Report on the nature of kala-azar
Disease focus: Kala-Azar
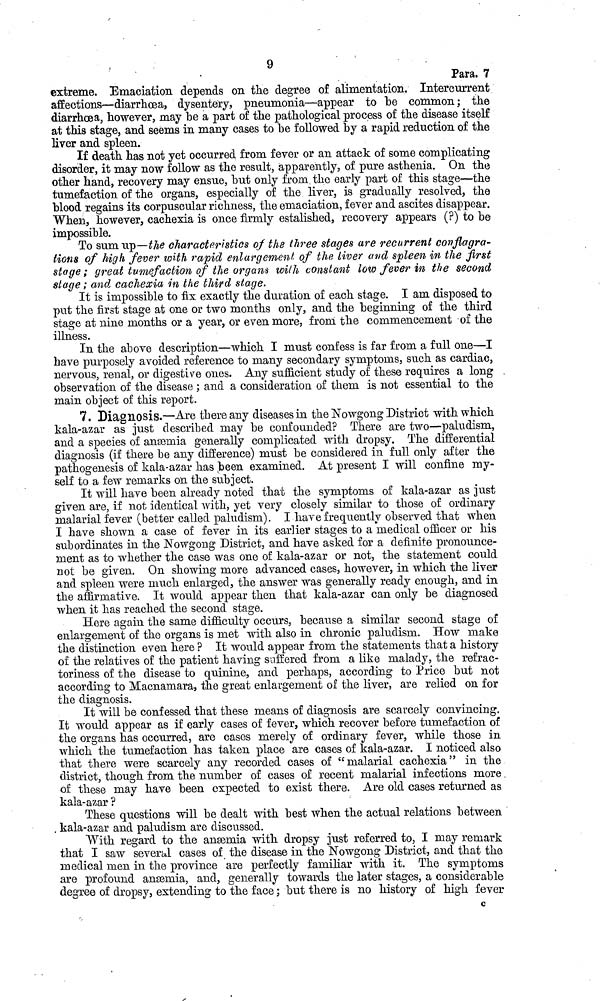
9
Para. 7
extreme. Emaciation depends on the degree of alimentation. Intercurrent
affections—diarrhoea, dysentery, pneumonia—appear to be common; the
diarrhoea, however, may be a part of the pathological process of the disease itself
at this stage, and seems in many cases to be followed by a rapid reduction of the
liver and spleen.
If death has not yet occurred from fever or an attack of some complicating
disorder, it may now follow as the result, apparently, of pure asthenia. On the
other hand, recovery may ensue, but only from the early part of this stage—the
tumefaction of the organs, especially of the liver, is gradually resolved, the
blood regains its corpuscular richness, the emaciation, fever and ascites disappear.
When, however, cachexia is once firmly estalished, recovery appears (?) to be
impossible.
To sum up—the characteristics of the three stages are recurrent conflagra-
tions of high fever with rapid enlargement of the liver and spleen in the first
stage ; great tumefaction of the organs with constant low fever in the second
stage ; and cachexia in the third stage.
It is impossible to fix exactly the duration of each stage. I am disposed to
put the first stage at one or two months only, and the beginning of the third
stage at nine months or a year, or even more, from the commencement of the
illness.
In the above description—which I must confess is far from a full one—I
have purposely avoided reference to many secondary symptoms, such as cardiac,
nervous, renal, or digestive ones. Any sufficient study of these requires a long
observation of the disease ; and a consideration of them is not essential to the
main object of this report.
7. Diagnosis.—Are there any diseases in the Nowgong District with which
kala-azar as just described may be confounded? There are two—paludism,
and a species of anæmia generally complicated with dropsy. The differential
diagnosis (if there be any difference) must be considered in full only after the
pathogenesis of kala-azar has been examined. At present I will confine my-
self to a few remarks on the subject.
It will have been already noted that the symptoms of kala-azar as just
given are, if not identical with, yet very closely similar to those of ordinary
malarial fever (better called paludism). I have frequently observed that when
I have shown a case of fever in its earlier stages to a medical officer or his
subordinates in the Nowgong District, and have asked for a definite pronounce-
ment as to whether the case was one of kala-azar or not, the statement could
not be given. On showing more advanced cases, however, in which the liver
and spleen were much enlarged, the answer was generally ready enough, and in
the affirmative. It would appear then that kala-azar can only be diagnosed
when it has reached the second stage.
Here again the same difficulty occurs, because a similar second stage of
enlargement of the organs is met with also in chronic paludism. How make
the distinction even here ? It would appear from the statements that a history
of the relatives of the patient having suffered from a like malady, the refrac-
toriness of the disease to quinine, and perhaps, according to Price but not
according to Macnamara, the great enlargement of the liver, are relied on for
the diagnosis.
It will be confessed that these means of diagnosis are scarcely convincing.
It would appear as if early cases of fever, which recover before tumefaction of
the organs has occurred, are cases merely of ordinary fever, while those in
which the tumefaction has taken place are cases of kala-azar. I noticed also
that there were scarcely any recorded cases of "malarial cachexia" in the
district, though from the number of cases of recent malarial infections more
of these may have been expected to exist there. Are old cases returned as
kala-azar ?
These questions will be dealt with best when the actual relations between
kala-azar and paludism are discussed.
With regard to the anæmia with dropsy just referred to, I may remark
that I saw several cases of the disease in the Nowgong District, and that the
medical men in the province are perfectly familiar with it. The symptoms
are profound anæmia, and, generally towards the later stages, a considerable
degree of dropsy, extending to the face ; but there is no history of high fever
c